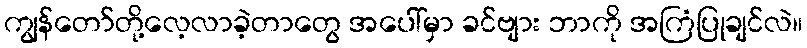
ကျွန်တော်တို့လေ့လာခဲ့တာတွေ အပေါ်မှာ ခင်ဗျား ဘာကို အကြံပြုချင်လဲ။